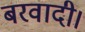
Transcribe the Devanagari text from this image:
बरवादी।